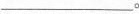
___。